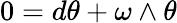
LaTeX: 0=d\theta+\omega\wedge\theta